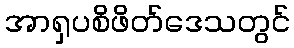
အာရှပစိဖိတ်ဒေသတွင်